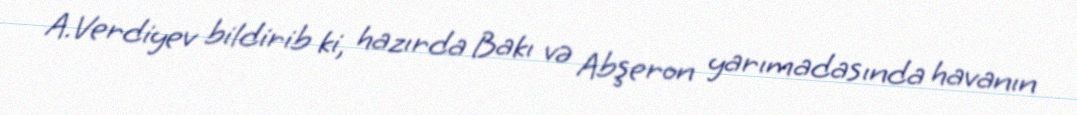
A.Verdiyev bildirib ki, hazırda Bakı və Abşeron yarımadasında havanın